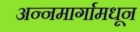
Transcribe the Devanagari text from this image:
अन्नमार्गामधून